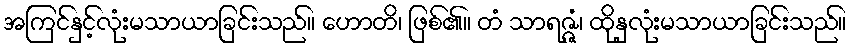
အကြင်နှင့်လုံးမသာယာခြင်းသည်။ ဟောတိ၊ ဖြစ်၏။ တံ သာရဇ္ဇံ၊ ထိုနှလုံးမသာယာခြင်းသည်။